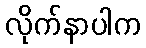
လိုက်နာပါက